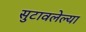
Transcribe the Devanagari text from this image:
सुटावलेल्या